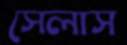
সেলাস